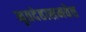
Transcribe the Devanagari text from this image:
मृतदेहासमवेत